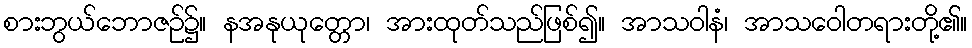
စားဘွယ်ဘောဇဉ်၌။ နအနုယုတ္တော၊ အားထုတ်သည်ဖြစ်၍။ အာသဝါနံ၊ အာသဝေါတရားတို့၏။